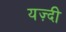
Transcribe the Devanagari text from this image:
यज़्दी